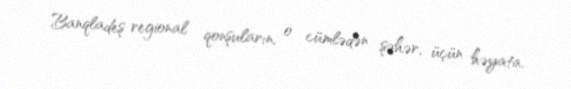
Banqladeş regional qonşuların, o cümlədən şəhər, üçün həyata.